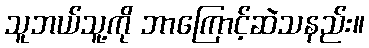
သူဘယ်သူ့ကို ဘာကြောင့်ဆဲသနည်း။